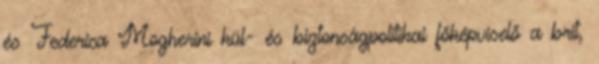
és Federica Mogherini kül- és biztonságpolitikai főképviselő a brit,